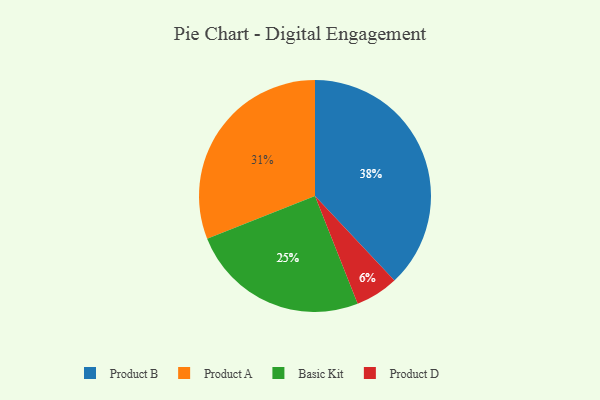
{"axis": {"x": "Category", "y": "Percentage"}, "legend": ["Basic Kit", "Product A", "Product B", "Product D"], "data": [{"x": "Product A", "y": 31, "type": "Product A"}, {"x": "Product D", "y": 6, "type": "Product D"}, {"x": "Product B", "y": 38, "type": "Product B"}, {"x": "Basic Kit", "y": 25, "type": "Basic Kit"}]}